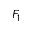
F _ { 1 }